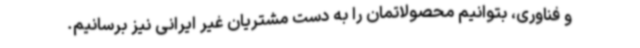
و فناوری، بتوانیم محصولاتمان را به دست مشتریان غیر ایرانی نیز برسانیم.